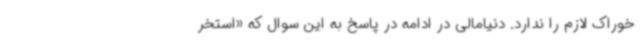
خوراک لازم را ندارد. دنیامالی در ادامه در پاسخ به این سوال که «استخر